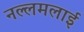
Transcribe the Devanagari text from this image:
नल्लमलाई